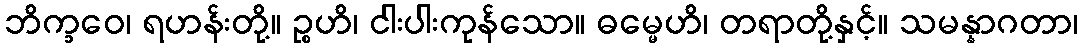
ဘိက္ခဝေ၊ ရဟန်းတို့။ ဉ္စဟိ၊ ငါးပါးကုန်သော။ ဓမ္မေဟိ၊ တရာတို့နှင့်။ သမန္နာဂတာ၊